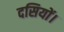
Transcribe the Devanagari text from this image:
दसियों।